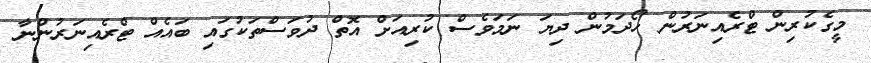
މީގެކުރިން ޓްރެއިނަރުން ހޯދަމުން ދިޔަ ނަމަވެސް ކުރިއަށް އޮތް ދުވަސްތަކުގައި ބައެއް ޓްރެއިނަރުންނާ